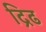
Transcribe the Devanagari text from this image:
द्रिढ